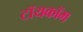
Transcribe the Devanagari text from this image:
टॉयकॉम